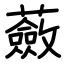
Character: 蘞